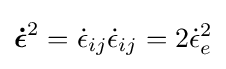
{\boldsymbol {\dot {\epsilon }}}^{2}={\dot {\epsilon }}_{ij}{\dot {\epsilon }}_{ij}=2{\dot {\epsilon }}_{e}^{2}